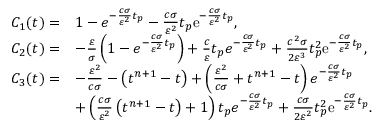
\begin{array} { r l } { C _ { 1 } ( t ) = } & { 1 - e ^ { - \frac { c \sigma } { \varepsilon ^ { 2 } } t _ { p } } - \frac { c \sigma } { \varepsilon ^ { 2 } } t _ { p } \mathrm { e } ^ { - \frac { c \sigma } { \varepsilon ^ { 2 } } t _ { p } } , } \\ { C _ { 2 } ( t ) = } & { - \frac { \varepsilon } { \sigma } \left( 1 - e ^ { - \frac { c \sigma } { \varepsilon ^ { 2 } } t _ { p } } \right) + \frac { c } { \varepsilon } t _ { p } e ^ { - \frac { c \sigma } { \varepsilon ^ { 2 } } t _ { p } } + \frac { c ^ { 2 } \sigma } { 2 \varepsilon ^ { 3 } } t _ { p } ^ { 2 } \mathrm { e } ^ { - \frac { c \sigma } { \varepsilon ^ { 2 } } t _ { p } } , } \\ { C _ { 3 } ( t ) = } & { - \frac { \varepsilon ^ { 2 } } { c \sigma } - \left( t ^ { n + 1 } - t \right) + \left( \frac { \varepsilon ^ { 2 } } { c \sigma } + t ^ { n + 1 } - t \right) e ^ { - \frac { c \sigma } { \varepsilon ^ { 2 } } t _ { p } } } \\ & { + \left( \frac { c \sigma } { \varepsilon ^ { 2 } } \left( t ^ { n + 1 } - t \right) + 1 \right) t _ { p } e ^ { - \frac { c \sigma } { \varepsilon ^ { 2 } } t _ { p } } + \frac { c \sigma } { 2 \varepsilon ^ { 2 } } t _ { p } ^ { 2 } \mathrm { e } ^ { - \frac { c \sigma } { \varepsilon ^ { 2 } } t _ { p } } . } \end{array}